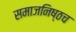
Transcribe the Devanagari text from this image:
समाजनिष्ठच